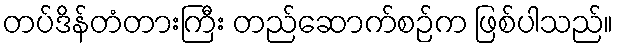
တပ်ဒိန်တံတားကြီး တည်ဆောက်စဉ်က ဖြစ်ပါသည်။